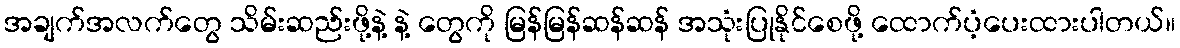
အချက်အလက်တွေ သိမ်းဆည်းဖို့နဲ့ နဲ့ တွေကို မြန်မြန်ဆန်ဆန် အသုံးပြုနိုင်စေဖို့ ထောက်ပံ့ပေးထားပါတယ်။